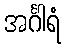
အင်္ဂါရံ